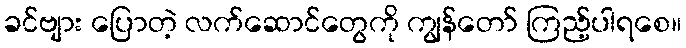
ခင်ဗျား ပြောတဲ့ လက်ဆောင်တွေကို ကျွန်တော် ကြည့်ပါရစေ။